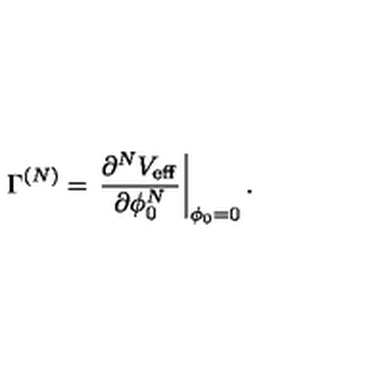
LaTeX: \Gamma ^ { ( N ) } = \left. \frac { \partial ^ { N } V _ { \mathrm { e f f } } } { \partial \phi _ { 0 } ^ { N } } \right| _ { \phi _ { 0 } = 0 } .